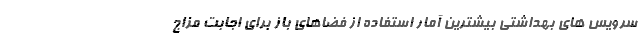
سرویس های بهداشتی بیشترین آمار استفاده از فضاهای باز برای اجابت مزاج